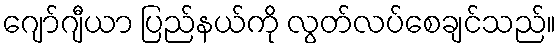
ဂျော်ဂျီယာ ပြည်နယ်ကို လွတ်လပ်စေချင်သည်။